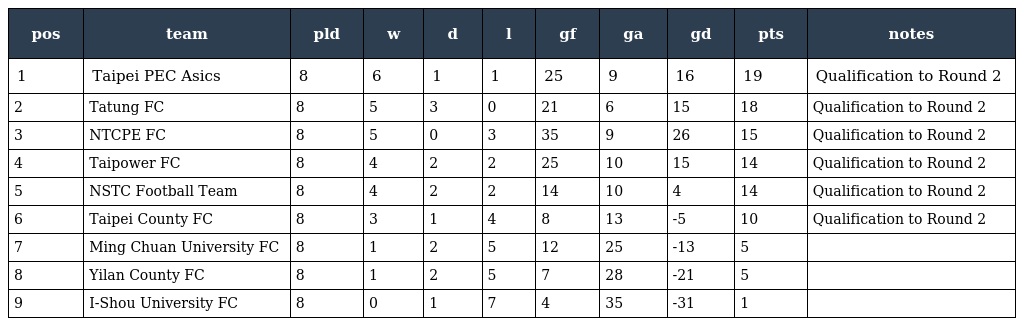
| pos | team | pld | w | d | l | gf | ga | gd | pts | notes |
 | --- | --- | --- | --- | --- | --- | --- | --- | --- | --- | --- |
 | 1 | Taipei PEC Asics | 8 | 6 | 1 | 1 | 25 | 9 | 16 | 19 | Qualification to Round 2 |
 | 2 | Tatung FC | 8 | 5 | 3 | 0 | 21 | 6 | 15 | 18 | Qualification to Round 2 |
 | 3 | NTCPE FC | 8 | 5 | 0 | 3 | 35 | 9 | 26 | 15 | Qualification to Round 2 |
 | 4 | Taipower FC | 8 | 4 | 2 | 2 | 25 | 10 | 15 | 14 | Qualification to Round 2 |
 | 5 | NSTC Football Team | 8 | 4 | 2 | 2 | 14 | 10 | 4 | 14 | Qualification to Round 2 |
 | 6 | Taipei County FC | 8 | 3 | 1 | 4 | 8 | 13 | -5 | 10 | Qualification to Round 2 |
 | 7 | Ming Chuan University FC | 8 | 1 | 2 | 5 | 12 | 25 | -13 | 5 |  |
 | 8 | Yilan County FC | 8 | 1 | 2 | 5 | 7 | 28 | -21 | 5 |  |
 | 9 | I-Shou University FC | 8 | 0 | 1 | 7 | 4 | 35 | -31 | 1 |  |